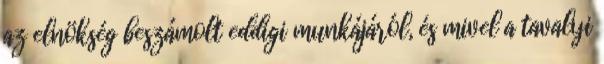
az elnökség beszámolt eddigi munkájáról, és mivel a tavalyi